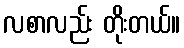
လစာလည်း တိုးတယ်။